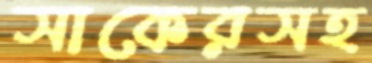
সাকেরসহ